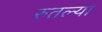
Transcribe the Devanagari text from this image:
रुतल्या